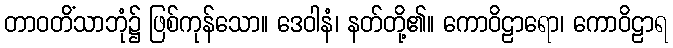
တာဝတိံသာဘုံ၌ ဖြစ်ကုန်သော။ ဒေဝါနံ၊ နတ်တို့၏။ ကောဝိဠာရော၊ ကောဝိဠာရ